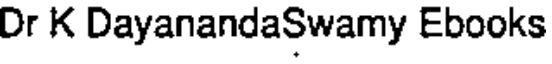
Dr K DayanandaSwamy Ebooks